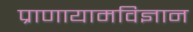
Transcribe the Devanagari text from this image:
प्राणायामविज्ञान